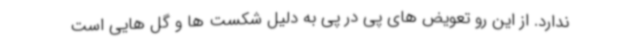
ندارد. از این رو تعویض های پی در پی به دلیل شکست ها و گل هایی است